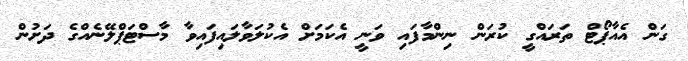
ގަން އެއާޕޯޓް ތަރައްގީ ކުރަން ނިންމާފައި ވަނީ އެކަމަށް އެކުލަވާލައިފައިވާ މާސްޓަޕްލޭނެއްގެ ދަށުން